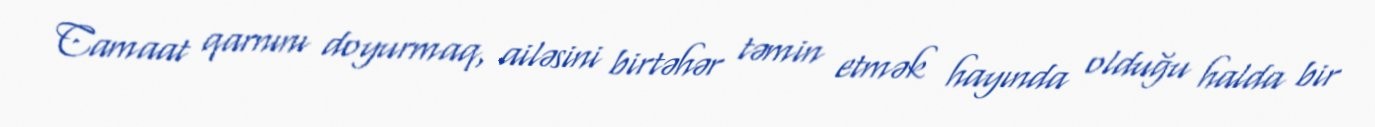
Camaat qarnını doyurmaq, ailəsini birtəhər təmin etmək hayında olduğu halda bir